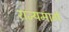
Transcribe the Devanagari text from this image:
राज्‍यमार्ग